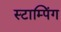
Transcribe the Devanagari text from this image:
स्टाम्पिंग